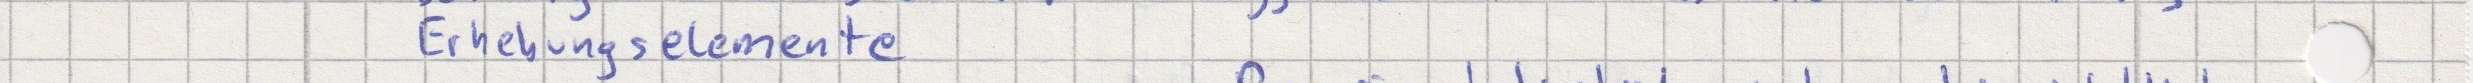
Erhebungselemente